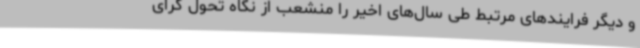
و دیگر فرایندهای مرتبط طی سال‌های اخیر را منشعب از نگاه تحول گرای